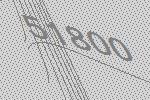
51800